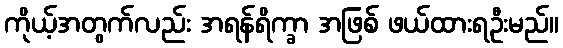
ကိုယ့်အတွက်လည်း အရန်ရိက္ခာ အဖြစ် ဖယ်ထားရဦးမည်။